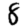
Digit: 8